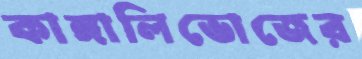
কাঙ্গালিভোজের